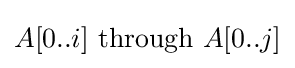
A[0..i]{\text{ through }}A[0..j]